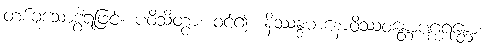
တစ်ခုသောဒွါရဖြင့်။ ပဝိသိတွာ၊ ဝင်၍။ နိဿန္ဒမာနောဝိဿဝန္တောပဂ္ဃရန္တော၊